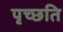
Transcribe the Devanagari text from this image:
पृच्छति